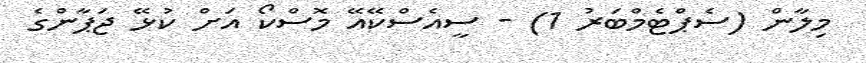
މިލާން (ސެޕްޓެމްބަރު 1) - ސީއެސްކޭއޭ މޮސްކޯ އަށް ކުޅޭ ޖަޕާންގެ